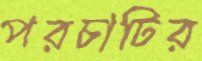
পরচাটির